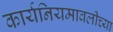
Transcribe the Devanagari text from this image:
कार्यनियमावलीच्या